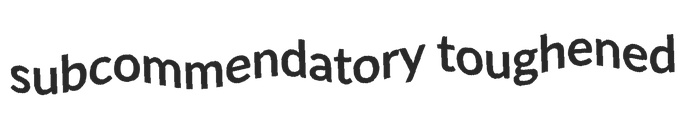
subcommendatory toughened